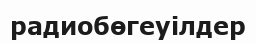
радиобөгеуілдер